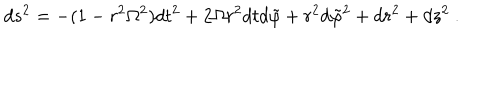
d s ^ { 2 } = - ( 1 - r ^ { 2 } \Omega ^ { 2 } ) d t ^ { 2 } + 2 \Omega r ^ { 2 } d t d \tilde { \varphi } + r ^ { 2 } d \tilde { \varphi } ^ { 2 } + d r ^ { 2 } + d z ^ { 2 } ~ .